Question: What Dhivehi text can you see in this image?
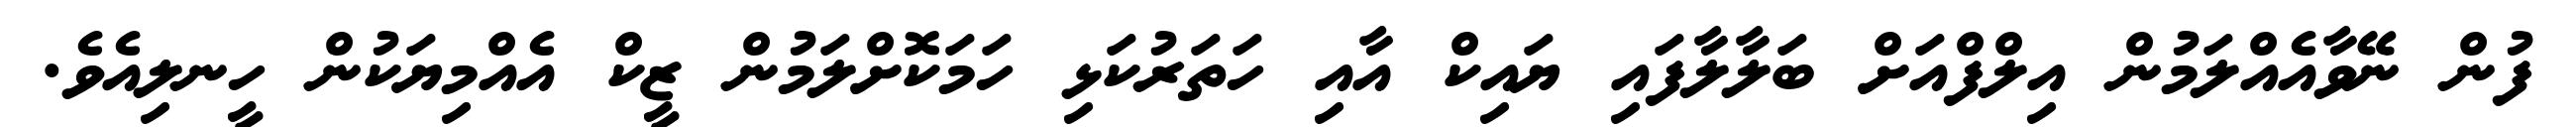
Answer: ފުން ނޭވާއެއްލަމުން އިލްފްއަށް ބަލާލާފައި ޔައިކް އާއި ހަތަރުކަޅި ހަމަކޮށްލަމުން ޒީކް އެއްމިޔަކުން ހީނލިއެވެ.